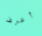
أعرف